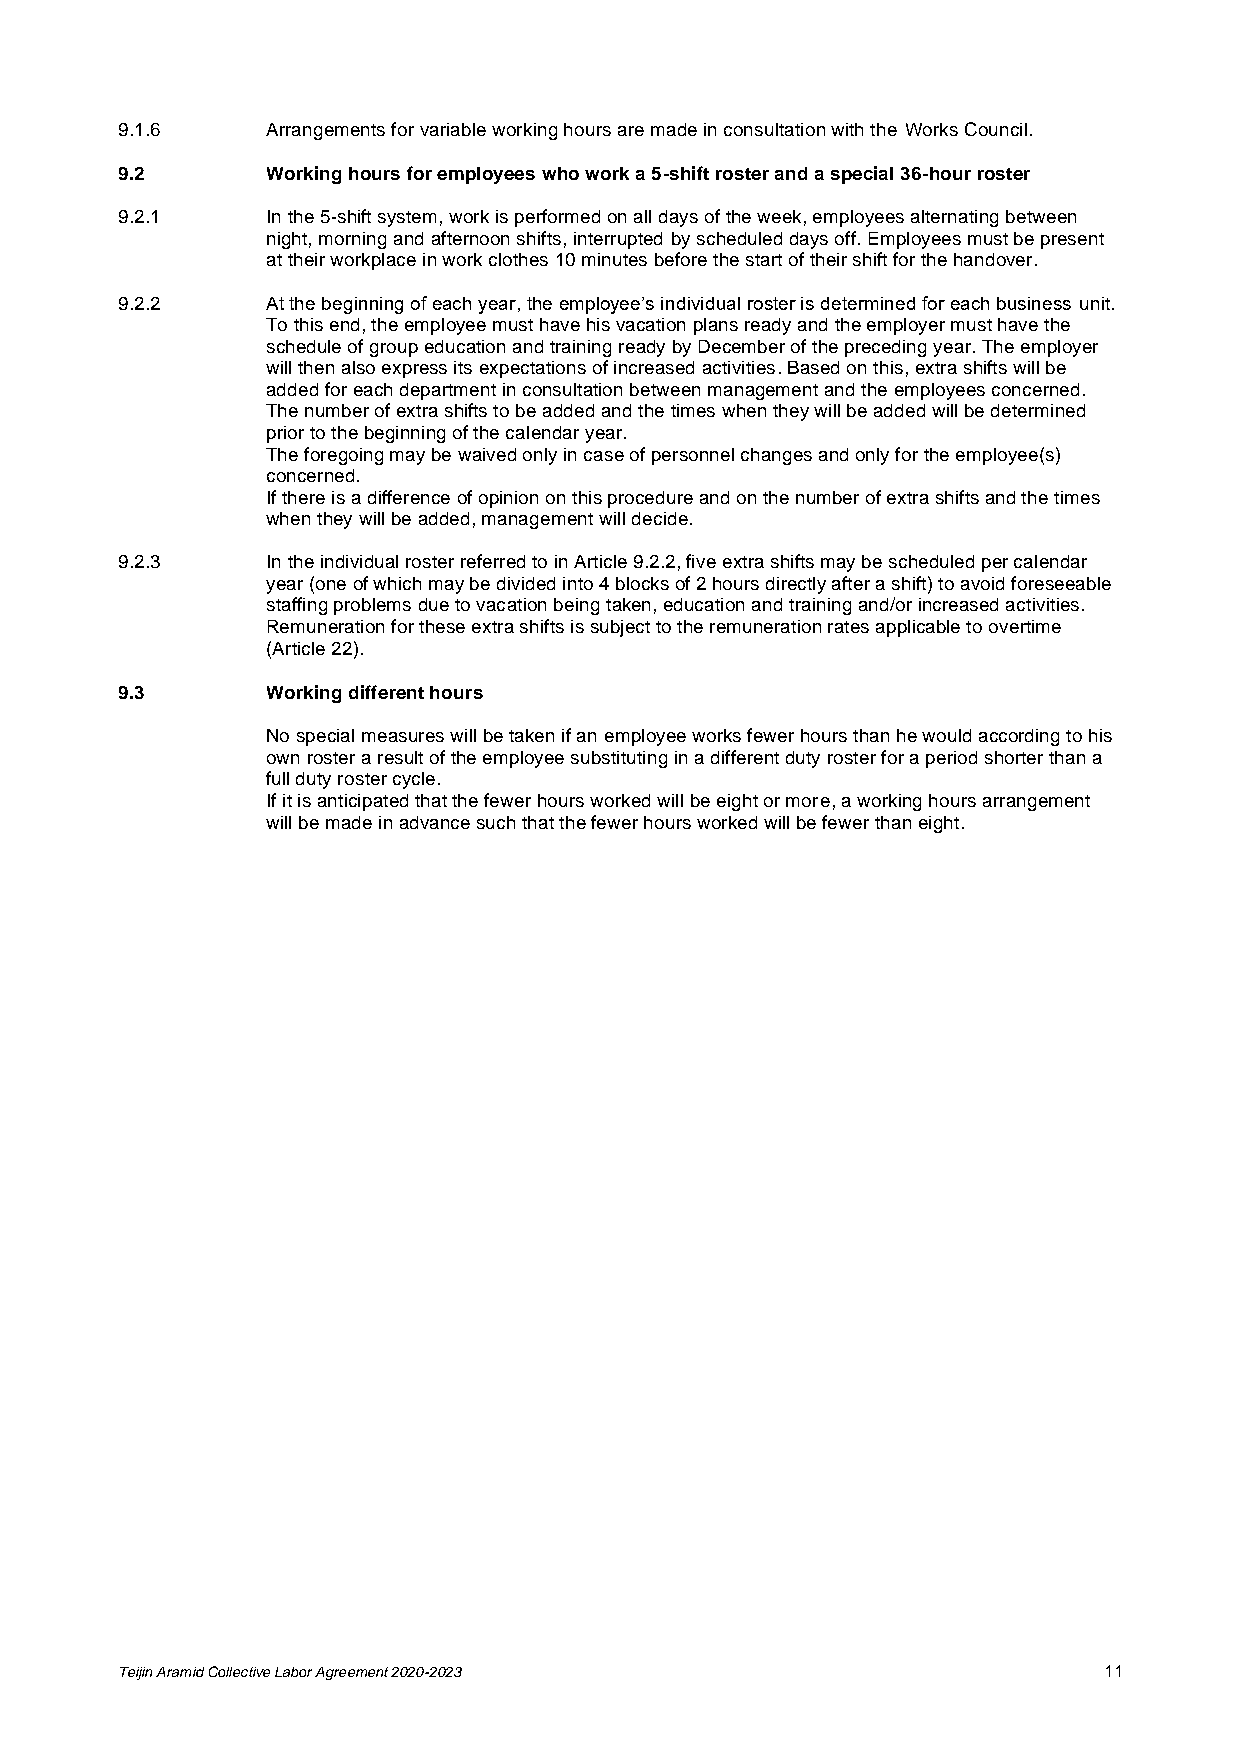
9.1.6     Arrangements for variable working hours are made in consultation with the Works Council.
 9.2       Working hours for employees who work a 5-shift roster and a special 36-hour roster
 9.2.1     In the 5-shift system, work is performed on all days of the week, employees alternating between
 night, morning and afternoon shifts, interrupted by scheduled days off. Employees must be present
 at their workplace in work clothes 10 minutes before the start of their shift for the handover.
 9.2.2     At the beginning of each year, the employee’s individual roster is determined for each business unit.
 To this end, the employee must have his vacation plans ready and the employer must have the
 schedule of group education and training ready by December of the preceding year. The employer
 will then also express its expectations of increased activities. Based on this, extra shifts will be
 added for each department in consultation between management and the employees concerned.
 The number of extra shifts to be added and the times when they will be added will be determined
 prior to the beginning of the calendar year.
 The foregoing may be waived only in case of personnel changes and only for the employee(s)
 concerned.
 If there is a difference of opinion on this procedure and on the number of extra shifts and the times
 when they will be added, management will decide.
 9.2.3     In the individual roster referred to in Article 9.2.2, five extra shifts may be scheduled per calendar
 year (one of which may be divided into 4 blocks of 2 hours directly after a shift) to avoid foreseeable
 staffing problems due to vacation being taken, education and training and/or increased activities.
 Remuneration for these extra shifts is subject to the remuneration rates applicable to overtime
 (Article 22).
 9.3       Working different hours
 No special measures will be taken if an employee works fewer hours than he would according to his
 own roster a result of the employee substituting in a different duty roster for a period shorter than a
 full duty roster cycle.
 If it is anticipated that the fewer hours worked will be eight or more, a working hours arrangement
 will be made in advance such that the fewer hours worked will be fewer than eight.
 Teijin Aramid Collective Labor Agreement 2020-2023               11